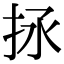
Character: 𢫒